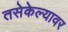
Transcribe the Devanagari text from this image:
तसेकेल्यावर